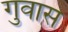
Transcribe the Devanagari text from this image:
गुवास